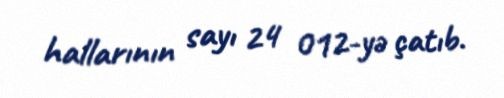
hallarının sayı 24 012-yə çatıb.